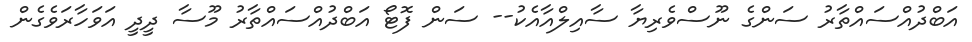
އަބްދުއްސައްތާރު ސަންގެ ނޫސްވެރިޔާ ސާއިލްއާއެކު-- ސަން ފޮޓޯ އަބްދުއްސައްތާރު މޫސާ ދީދީ އަވަހާރަވެގެން